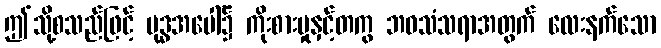
ဤသို့စသည်ဖြင့် ဗုဒ္ဓအပေါ်၌ ကိုးစားမှုနှင့်တကွ ဘဝသံသရာအတွက် လေးနက်သော